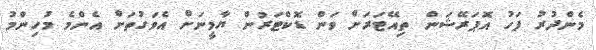
މެންދުރު ފަހު އޮޕަރޭޝަން ތިއޭޓަރަށް ވަން ޑޮކްޓަރުން ޔާމީނަށް އެވަގުތަށް އެންމެ މުހިންމު